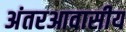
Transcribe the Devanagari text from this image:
अंतरआवासीय